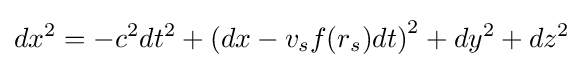
dx^{2}=-c^{2}dt^{2}+\left(dx-v_{s}f(r_{s})dt\right)^{2}+dy^{2}+dz^{2}